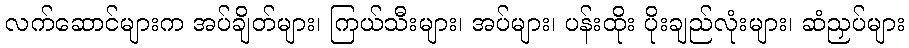
လက်ဆောင်များက အပ်ချိတ်များ၊ ကြယ်သီးများ၊ အပ်များ၊ ပန်းထိုး ပိုးချည်လုံးများ၊ ဆံညှပ်များ